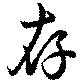
存